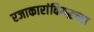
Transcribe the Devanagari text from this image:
रजाकारांविरुद्धच्या